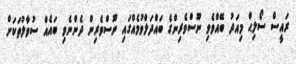
ރައީސް ސޯލިޙް މިއަދު ބޭއްވެވި ނޫސްވެރިންގެ ބައްދަލްވުމެއްގައި ނޫސްވެރިން ދެންނެވި ބައެއް ސުވާލުތަކަށް